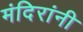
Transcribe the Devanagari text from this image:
मंदिरांनी